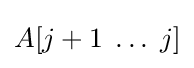
A[j+1\;\ldots \;j]